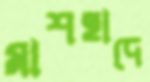
মাশহাদে